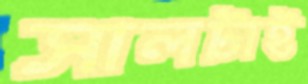
সালটাই